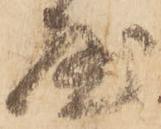
屋